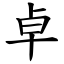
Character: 卓